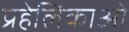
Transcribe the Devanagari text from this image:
प्रहेलिकाओं